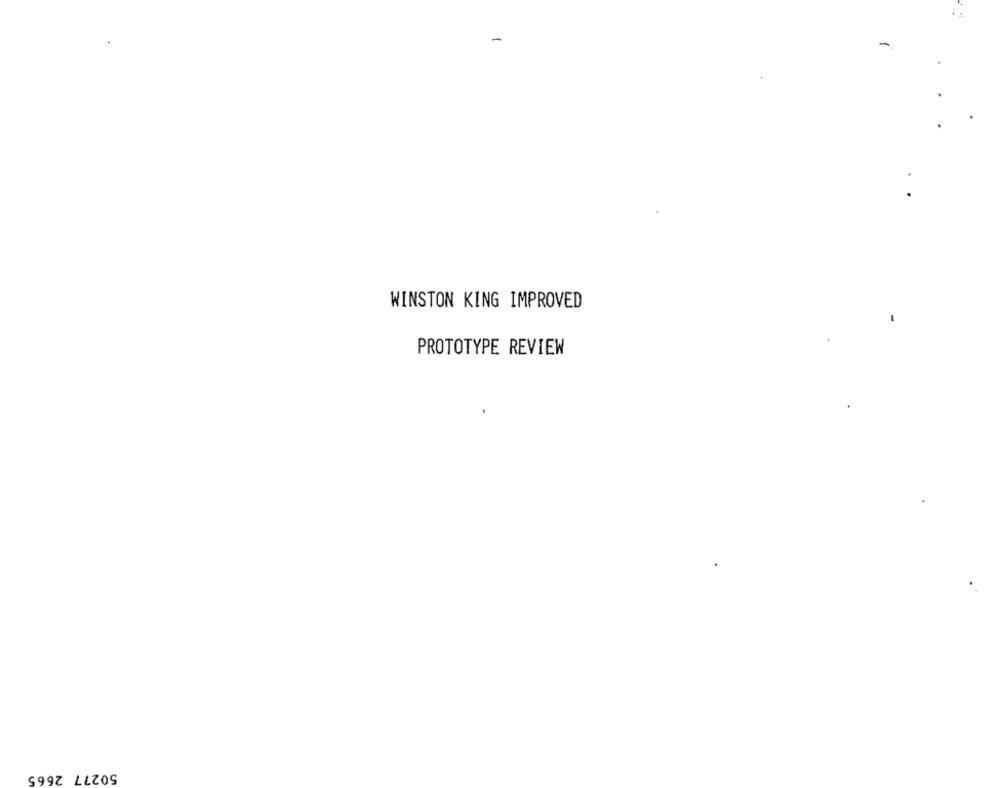
-
WINSTON KING IMPROVED
PROTOTYPE REVIEW
50277 2665